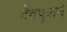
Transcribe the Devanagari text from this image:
देवपुत्राने